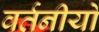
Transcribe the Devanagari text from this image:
वर्तनीयो